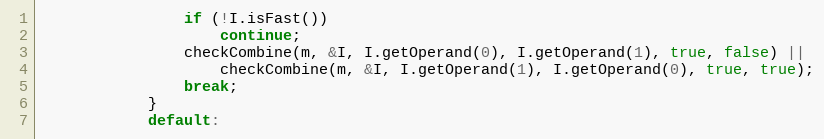
Language: C++
                if (!I.isFast())
                    continue;
                checkCombine(m, &I, I.getOperand(0), I.getOperand(1), true, false) ||
                    checkCombine(m, &I, I.getOperand(1), I.getOperand(0), true, true);
                break;
            }
            default: